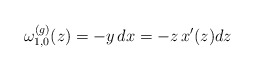
\begin{align*}\omega^{(g)}_{1,0}(z)=-y\,dx=-z\,x'(z)dz\end{align*}